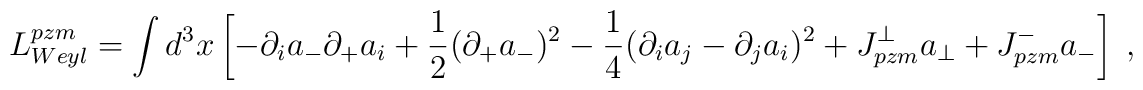
L^{pzm}_{Weyl} = \int d^3{x} \left[- \partial_i a_{-} \partial_{+}a_i + \frac 1 2 (\partial_{+}a_{-})^2 - \frac1 4 (\partial_{i}a_j - \partial_{j}a_i)^2+ J^\perp_{pzm} a_\perp + J^{-}_{pzm} a_{-}\right]\;,